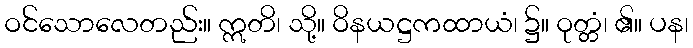
ဝင်သောလေတည်း။ ဣတိ၊ သို့။ ဝိနယဋ္ဌကထာယံ၊ ၌။ ဝုတ္တံ၊ ၏။ ပန၊